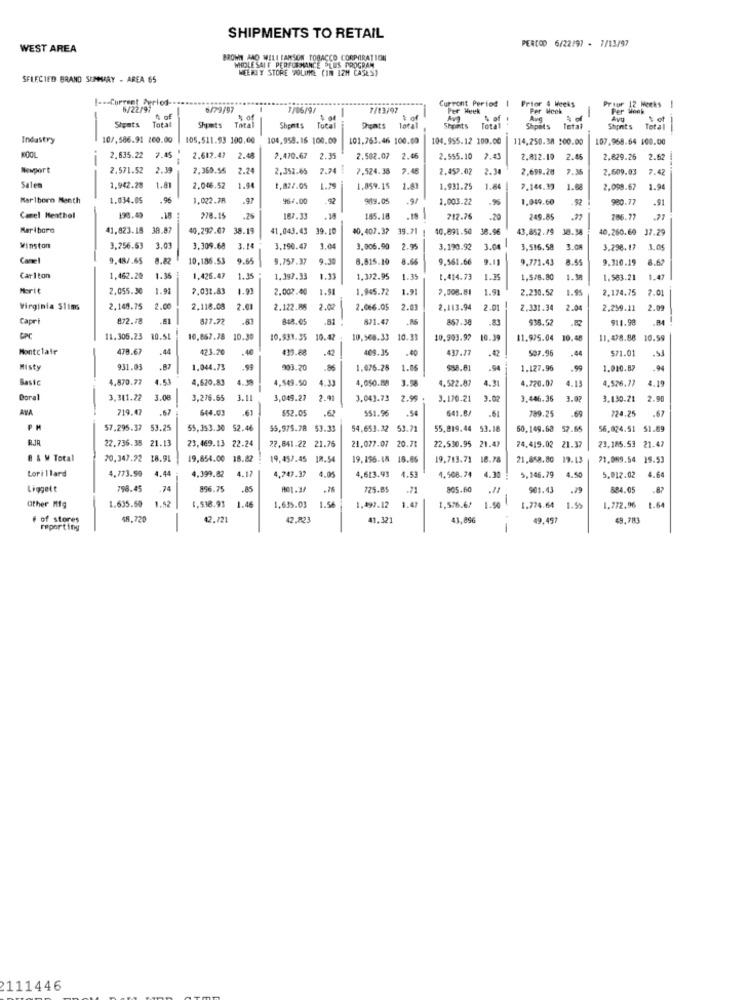
SHIPMENTS TO RETAIL
PERCOD 6/22/97 - 7/13/97
WEST AREA
BROWN AND WILL [ANSON TOBACCO CORPORATION
WHOLE SAIF PERFORMANCE PLUS PROGRAM
WEEKLY STORE VOLUME (IN IZM CASES)
SELECTED BRAND SUMMARY - AREA 65
I --- Current Period-
Current Period | Prior 4 Weeks
1
6/22/97
6/79/97
7/06/91
7/13/97
Per Week
Per Meok
Prior 12 Mocks
Total
4 of
$ of
& of
% of
Avg
s et
Sigats
Total
Shpmts
Total
Seats
Sheints
Total
Shpets
Total
Shprit's
Total
Industry
10/,586.91 200.00
105.511.93 100.00
104.958.16 100.00
101.763.46 100.00
104.955.12 100.00
114,250.38 100.00
107,968.64 100.00
POOL
2.635.22
7.45
2.612.47
2.48
7.470.67
2.35
2.502.07
2.46
2.555.10
7.43
2.812.10
2.45
2.829.26 2.62
Newport
2.571.52
2.39
2,360.55
2.24
2,352.65
7.74 !
7.524.38
7.48
2.457.02
2.38
2,699.20
7.35
2.609.03
7.42
Salen
1,942.28
1.81
2.046.52
1.94
1,82/.05
1.79
1.859.15
1.41
1.931.25
1.84
7.146.39
2,098.67
1.94
Marlboro Menth
1.034.05
.96
1.022.78
.97
967.00
92
989.05
.97
1.003.22
1.049.60
.92
980.77
.91
Camel Heathel
198.49
278.15
.26
187.33
.38
185.18
212.26
.20
249.85
286.77
Marlboro
41.823.18 38.87
40,299.07
38.15
41.043.43 39.10
10.407.37
39.71
40.891.50
38.96
43,852.79 38.38
40,260.60 37.29
Winston
3,256.63
3.09
3,309.68
3.14
3.190.47
1.0
3.006.90
2.95
3,190.92
3.04
3,516.58
3.00
3.296.17 3.05
Cane
9.48/.65
8.82
10,186.53
9.65
9.757.37
9.30
6.815.10
9,561.66
9.771.43
3.55
9.310.19
Carlton
1,462.20
1.35
1.426.47
1.397.33
1.11
1.372.95
1.15
1.414.73
1.39
1,5/8.80
1.583.21
1.47
Merit
2,055.30
1.91
7,031.83
1.91
2.002.00
1.945.72
1.91
2.508.81
1.91
2.230.52
2,174.75
2.01
Virginia Slim
2.148.75
2.00
2.118.08
2.01
2.122.88
2.02
2.066.05
2.0
2,113.94
2.01
2.331.34
2.04
2,259.11
2.02
Capri
872.78
.61
677.72
.83
871.47
857.38
938.57
911.98
11.305.23 10.51
10.867.78 10.30
10.933.35 10.42
10,568.33 10.33
10.903.97 10.39
11.975.04 10.48
11.478.88 10.59
Montclair
478.67
.44
423.20
.40
433.68
.42
409.35
.40
437.77
.42
507.96
.44
571.01
Misty
931.03
1.044.73
.99
903.20
.86
1.076.28
1.06
$88.81
. 94
1.127.96
.99
1.010.87
.94
Basic
4.870.77
4.53
4.620.83
4. 39
4,549.50
4.33
4,050.88
3.58
4.522.87
4.31
4.720.07
4.13
4.526.77
4.19
Doral
VAT
3.311.22
3.08
3,276.65
3.11
3,049.27
2.91
3.043.73 2.99
3.170.21
9.02
3.446.36
3.02
3.130.21
2.90
719.47
.67
644.03
652.05
.62
$51.96
.54
641.8/
.61
789.25
728.25
.67
.69
PM
57.295.37 53.25
55,353.30 52.46
55,975.78 53.33
54,653.32 53.71
55.819.44 53.18
50,149.68 57.65
56,024.51 51.89
RJR
22.736.38 21.13
20.7
22.530.95 21.47
23,469.13 22.24
22,641.22 21.76
21.077.07
24.419.02 21.37
23.185.53 21.47
B & M Total
20.347.22 18.91
19,654.00 18.82
19,457.45 18.54
19,156-18 18.86
19.713.71 18.78
21.858.80 19.13
71.089.54 19.53
4.44
4.399.82
4.17
4.53
$.50
4.64
Lorillard
4.773.99
4,747.37 4.05
4,613.93
1.508.74 4.30
5,146.79
5.012.02
Liggett
798.45
74
896.75
.85
.76
725.85
805.60
.11
901.43
.79
884.05
1.52
1.50
ather Mig
1.635.50
1,538.93 1.46
1,635.03
1.56
1.499.12
1.47
1,576.6/
1.774.64
1.59
1.772.96 1.64
# of stores
48,720
-
42.721
42.823
41.321
43,896
49,497
49.783
reporting
1
2111446